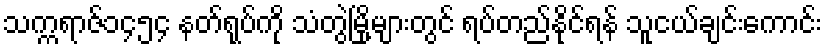
သက္ကရာဇ်၁၄၅၄ နတ်ရုပ်ကို သံတွဲမြို့များတွင် ရပ်တည်နိုင်ရန် သူငယ်ချင်းကောင်း